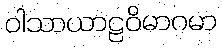
ဝါသာယာဠဝိမာဂမာ